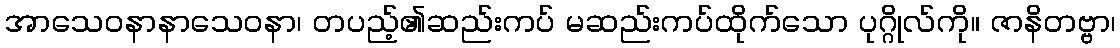
အာသေဝနာနာသေဝနာ၊ တပည့်၏ဆည်းကပ် မဆည်းကပ်ထိုက်သော ပုဂ္ဂိုလ်ကို။ ဇာနိတဗ္ဗာ၊